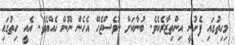
މިހިތުގައި ފެށުނީ އިންތިޒާރެކެވެ. ބުނާކަށް ނުވެސްޖެހޭ އެހެން ނޫން ހެއްޔެވެ. އެއީ ހިތުގައި